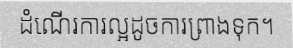
ដំណើរការល្អដូចការព្រាងទុក។